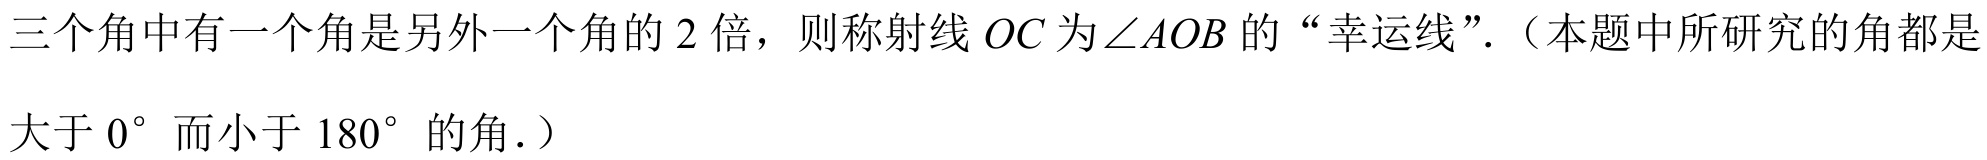
三个角中有一个角是另外一个角的 \(2\) 倍，则称射线 \(OC\)为\(\angle AOB\)的“幸运线”.（本题中所研究的角都是大于 \(0^{\circ}\) 而小于 \(180^{\circ}\) 的角.）